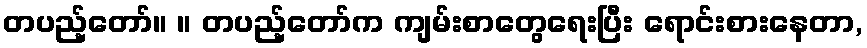
တပည့်တော်။ ။ တပည့်တော်က ကျမ်းစာတွေရေးပြီး ရောင်းစားနေတာ,